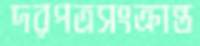
দরপত্রসংক্রান্ত